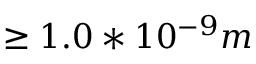
\ge 1 . 0 * 1 0 ^ { - 9 } m